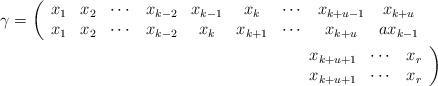
LaTeX: \begin{align*}\gamma=\left(\begin{array}{ccccccccccccccc}x_{1} & x_{2} & \cdots & x_{k-2} & x_{k-1} & x_{k} &\cdots&x_{k+u-1}&x_{k+u}& \\x_{1} & x_{2} & \cdots & x_{k-2} & x_{k} & x_{k+1} & \cdots& x_{k+u}&ax_{k-1} &\end{array}\right. & \\\left.\begin{array}{ccc}x_{k+u+1}& \cdots & x_{r} \\x_{k+u+1}& \cdots & x_{r}\end{array}\right) &\end{align*}